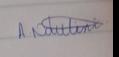
Signature authenticity: genuine